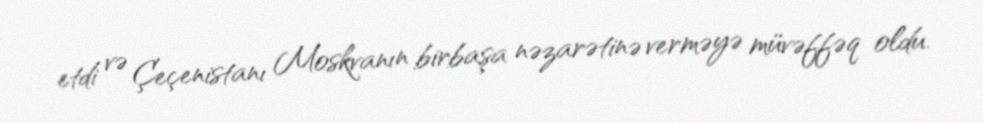
etdi və Çeçenistanı Moskvanın birbaşa nəzarətinə verməyə müvəffəq oldu.